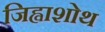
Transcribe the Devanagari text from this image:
जिह्वाशोथ